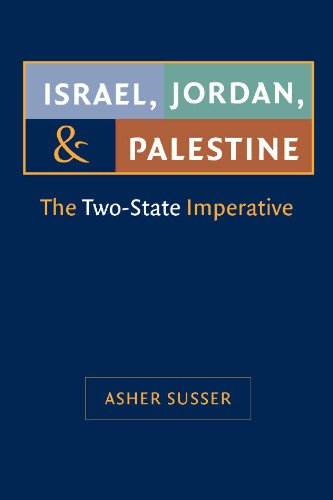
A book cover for Israel, Jordan, and Palestine: The Two-State Imperative (Middle East Studies); Asher Susser; History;